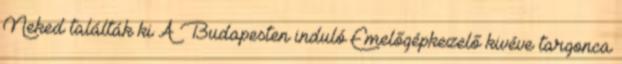
Neked találták ki A Budapesten induló Emelőgépkezelő kivéve targonca